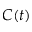
C ( t )